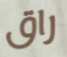
راق